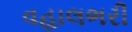
વહાલભરી